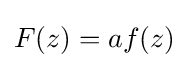
F(z)=af(z)